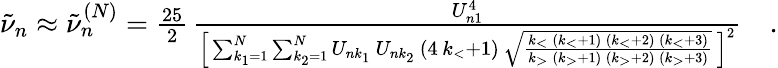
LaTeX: \begin{array}{r}{\tilde{\nu}_{n}\approx\tilde{\nu}_{n}^{(N)}=\frac{25}{2}\, \frac{U_{n1}^{4}}{\Big[\sum_{k_{1}=1}^{N}\sum_{k_{2}=1}^{N}U_{nk_{1}}\, U_{nk_{2}}\, (4\, k_{<}+1)\, \sqrt\frac{k_{<}\, (k_{<}+1)\, (k_{<}+2)\, (k_{<}+3)}{k_{>}\, (k_{>}+1)\, (k_{>}+2)\, (k_{>}+3)}\, \Big]^{2}}\quad.}\end{array}